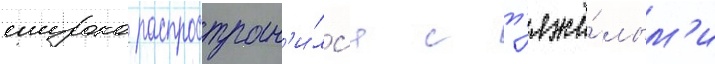
широко распростран'и́лс'я с т'яжё́лым'и